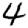
Digit: 4